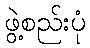
ဖွဲ့စည်းပုံ